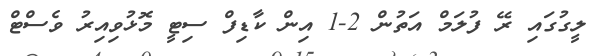
ލީގުގައި ރޭ ފުލަމް އަތުން 2-1 އިން ކާޑިފް ސިޓީ މޮޅުވިއިރު ވެސްޓް